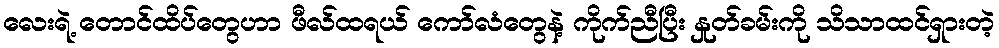
လေးရဲ့ တောင်ထိပ်တွေဟာ ဖီလ်ထရယ် ကော်လံတွေနဲ့ ကိုက်ညီပြီး နှုတ်ခမ်းကို သိသာထင်ရှားတဲ့